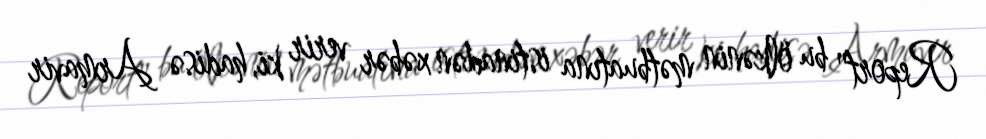
Report" bu ölkənin mətbuatına istinadən xəbər verir ki, hadisə Armavir